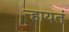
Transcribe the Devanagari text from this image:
न्हायतं